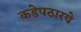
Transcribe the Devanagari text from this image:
कडेपठारचे